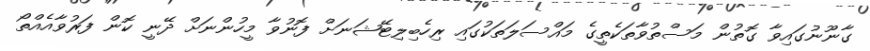
ގާނޫނުގައިވާ ގޮތުން މަސްތުވާތަކެތީގެ މައްސަލަތަކުގައި ރިހެބިލިޓޭޝަނަށް ފޮނުވާ މީހުންނަށް ދޭނީ ކޮން ފަރުވާއެއްތޯ